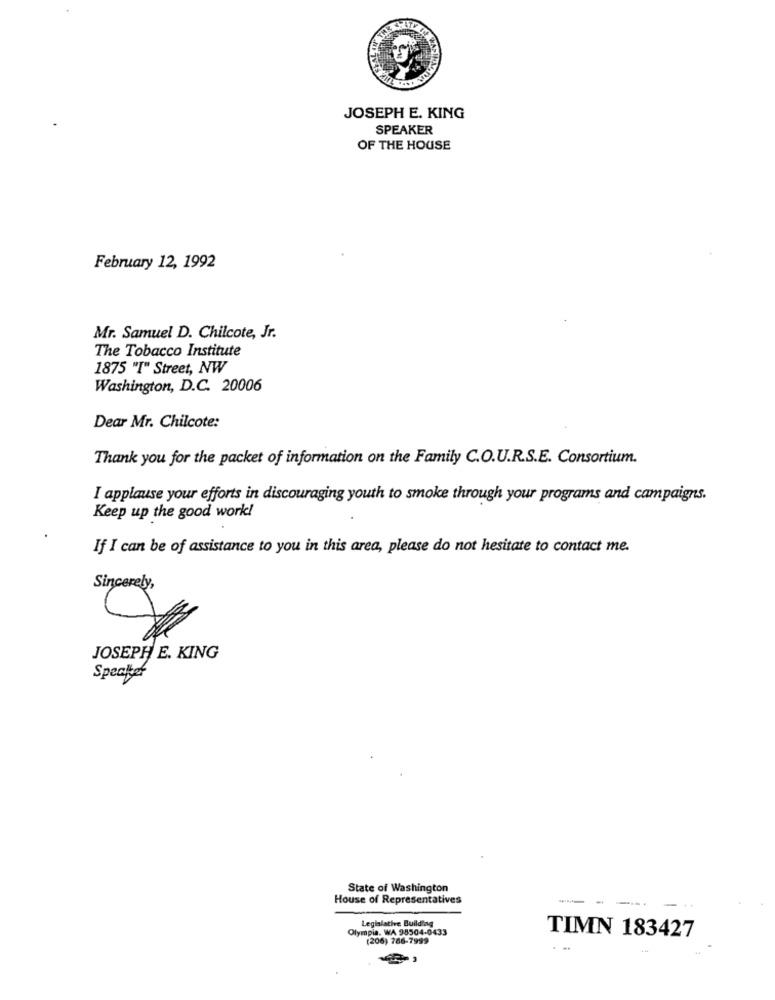
JOSEPH E. KING
SPEAKER
OF THE HOUSE
February 12, 1992
Mr. Samuel D. Chilcote, Jr.
The Tobacco Institute
1875 "I" Street, NW
Washington, D.C. 20006
Dear Mr. Chilcote:
Thank you for the packet of information on the Family C.O.U.R.S.E. Consortium.
I applause your efforts in discouraging youth to smoke through your programs and campaigns.
Keep up the good work!
If I can be of assistance to you in this area, please do not hesitate to contact me.
Sincerely,
JOSEPH E. KING
Specttef
State of Washington
House of Representatives
---
Legislative Building
Olympia. WA 98504-0433
(206) 766-7999
TIMN 183427